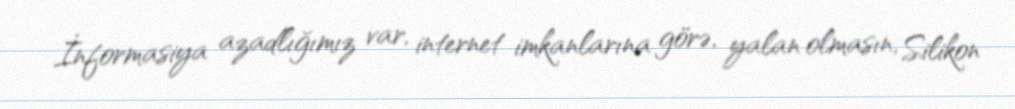
İnformasiya azadlığımız var, internet imkanlarına görə, yalan olmasın, Silikon